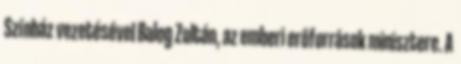
Színház vezetésével Balog Zoltán, az emberi erőforrások minisztere. A